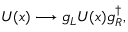
U ( x ) \longrightarrow g _ { L } U ( x ) g _ { R } ^ { \dagger } ,